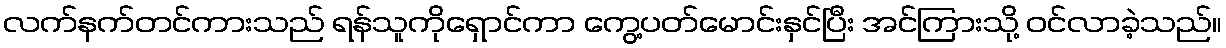
လက်နက်တင်ကားသည် ရန်သူကိုရှောင်ကာ ကွေ့ပတ်မောင်းနှင်ပြီး အင်ကြားသို့ ဝင်လာခဲ့သည်။